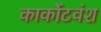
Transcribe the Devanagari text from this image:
कार्कोटवंश